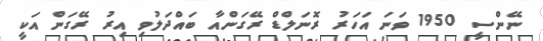
ނޭންސީ 1950 ވަނަ އަހަރު ރޮނަލްޑް ރޭގަންއާ ބައްދަލުވި އިރު ރޭގަން އަކީ